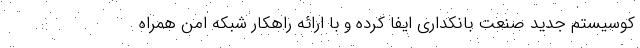
کوسیستم جدید صنعت بانکداری ایفا کرده و با ارائه راهکار شبکه امن همراه